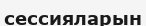
сессияларын